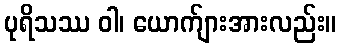
ပုရိသဿ ဝါ၊ ယောက်ျားအားလည်း။